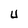
Character: U